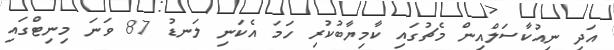
އަދި ނިއުކާސަލްއިން މެޗުގައި ކާމިޔާބުކުރި ހަމަ އެކަނި ލަނޑު 87 ވަނަ މިނިޓްގައި